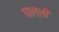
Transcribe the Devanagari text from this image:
पाल्शी